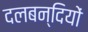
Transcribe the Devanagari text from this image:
दलबन्दियों